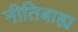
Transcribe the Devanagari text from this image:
नीतिबाह्य